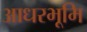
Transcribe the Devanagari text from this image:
आधरभूमि